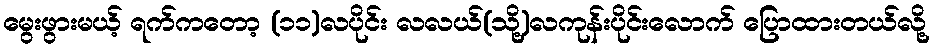
မွေးဖွားမယ့် ရက်ကတော့ (၁၁)လပိုင်း လလယ်(သို့)လကုန်းပိုင်းလောက် ပြောထားတယ်လို့